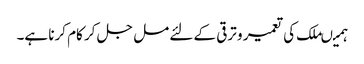
ہمیںملک کی تعمیر و ترقی کے لئے مل جل کر کام کرنا ہے۔